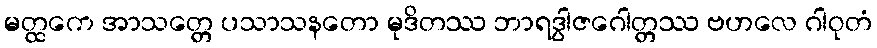
မတ္ထကေ အာသတ္တေ ပသာသနတော မုဒိတဿ ဘာရဒွါဇဂေါတ္တဿ ဗဟလေ ဂါဝုတံ